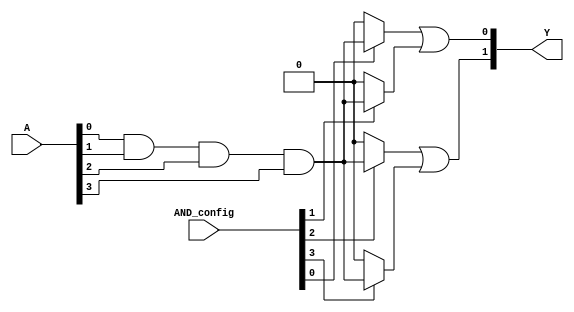
module SPAL #(
    parameter N = 4, // Number of inputs
    parameter P = 4, // Number of product terms
    parameter M = 2  // Number of outputs
)(
    input wire [N-1:0] A, // Input lines
    input wire [P-1:0] AND_config, // Configuration for AND array (1: connect, 0: disconnect)
    output wire [M-1:0] Y // Output lines
);

// Internal signals for product terms
wire [P-1:0] product_terms;

// Programmable AND array
genvar i, j;
generate
    for (i = 0; i < P; i = i + 1) begin : and_array
        assign product_terms[i] = (AND_config[i]) ? (A[0] & A[1] & A[2] & A[3]) : 1'b0; // Example: All inputs ANDed
    end
endgenerate

// Fixed OR array
assign Y[0] = product_terms[0] | product_terms[1]; // Example OR logic for output Y1
assign Y[1] = product_terms[2] | product_terms[3]; // Example OR logic for output Y2

endmodule